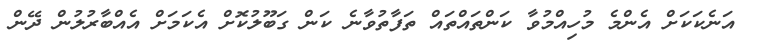
އަނެކަކަށް އެންމެ މުހިއްމުވާ ކަންތައްތައް ތަފާތުވާނެ ކަން ގަބޫލުކޮށް އެކަމަށް އެއްބާރުލުން ދޭން